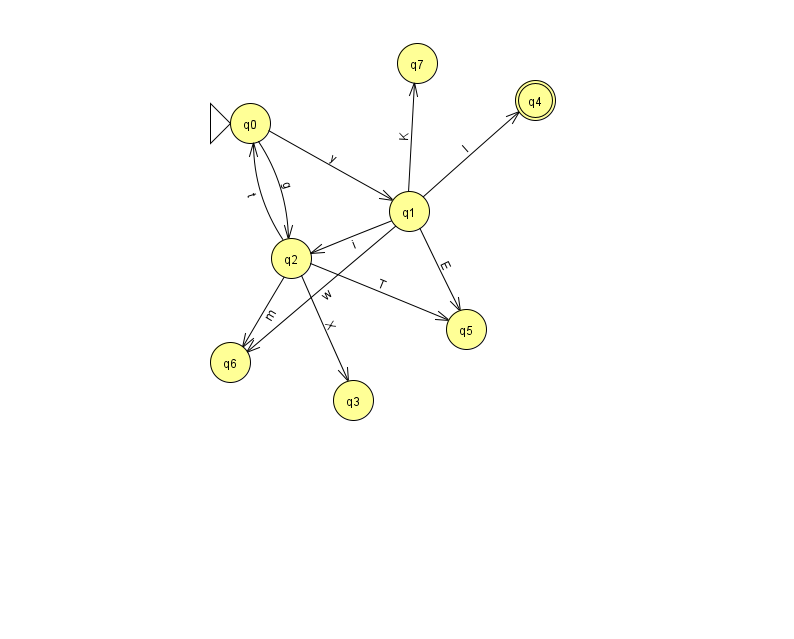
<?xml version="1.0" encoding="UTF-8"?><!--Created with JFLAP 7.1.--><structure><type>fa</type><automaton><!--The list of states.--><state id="0" name="q0"><x>250.0</x><y>110.0</y><initial/></state><state id="1" name="q1"><x>409.0</x><y>198.0</y></state><state id="2" name="q2"><x>291.0</x><y>245.0</y></state><state id="3" name="q3"><x>353.0</x><y>387.0</y></state><state id="4" name="q4"><x>535.0</x><y>87.0</y><final/></state><state id="5" name="q5"><x>466.0</x><y>316.0</y></state><state id="6" name="q6"><x>230.0</x><y>349.0</y></state><state id="7" name="q7"><x>417.0</x><y>50.0</y></state><!--The list of transitions.--><transition><from>1</from><to>7</to><read>K</read></transition><transition><from>2</from><to>0</to><read>t</read></transition><transition><from>0</from><to>1</to><read>y</read></transition><transition><from>0</from><to>2</to><read>g</read></transition><transition><from>1</from><to>5</to><read>E</read></transition><transition><from>1</from><to>2</to><read>i</read></transition><transition><from>2</from><to>5</to><read>T</read></transition><transition><from>1</from><to>4</to><read>I</read></transition><transition><from>1</from><to>6</to><read>w</read></transition><transition><from>2</from><to>3</to><read>X</read></transition><transition><from>2</from><to>6</to><read>m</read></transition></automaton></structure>